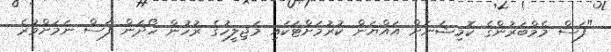
"ފަސް މެމްބަރުންގެ ކޮމިޝަނަށް އައްޔަން ކުރުމަށްޓަކައި މަޖިލީހުގެ ރުހުން ހޯދަން ފަސް ނަމަށްވުރެ